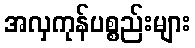
အလှကုန်ပစ္စည်းများ